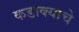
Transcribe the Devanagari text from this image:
कडाक्याचे